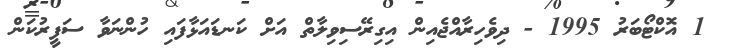
1 އޮކްޓޯބަރު 1995 - ދިވެހިރާއްޖެއިން އިގިރޭސިވިލާތް އަށް ކަނޑައަޅާފައި ހުންނަވާ ސަފީރުކަން